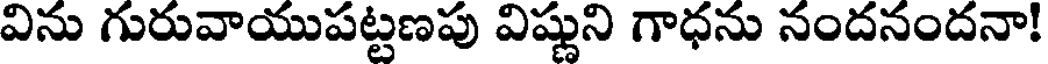
విను గురువాయుపట్టణపు విష్ణుని గాధను నందనందనా!